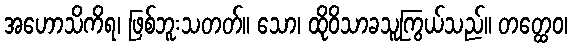
အဟောသိကိရ၊ ဖြစ်ဘူးသတတ်။ သော၊ ထိုဝိသာခသူကြွယ်သည်။ တတ္ထေဝ၊